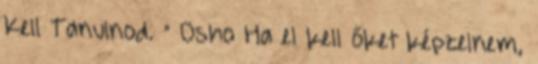
Kell Tanulnod. ” Osho Ha el kell őket képzelnem,